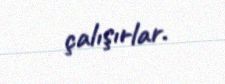
çalışırlar.